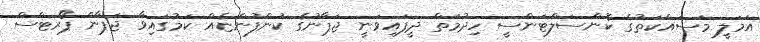
އަމަލީ މަސައްކަތުގެ ކޮންސަލްޓަންސީ ހިދުމަތް ދީފައިވަނީ ޖަޕާނުގެ ކުންފުންޏެއް ކަމުގައިވާ ޖަޕާން ޕޯރޓްސް